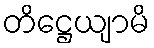
တိဋ္ဌေယျာမိ